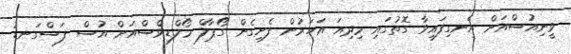
ވީނިއުސްއަށް އެނގިފައިވާ ގޮތުގައި މިދިއަ އަހަރުން ފެށިގެން ގޯޕާލް މޯލްޑިވްސްއަށް އުސް ފަސްގަނޑު